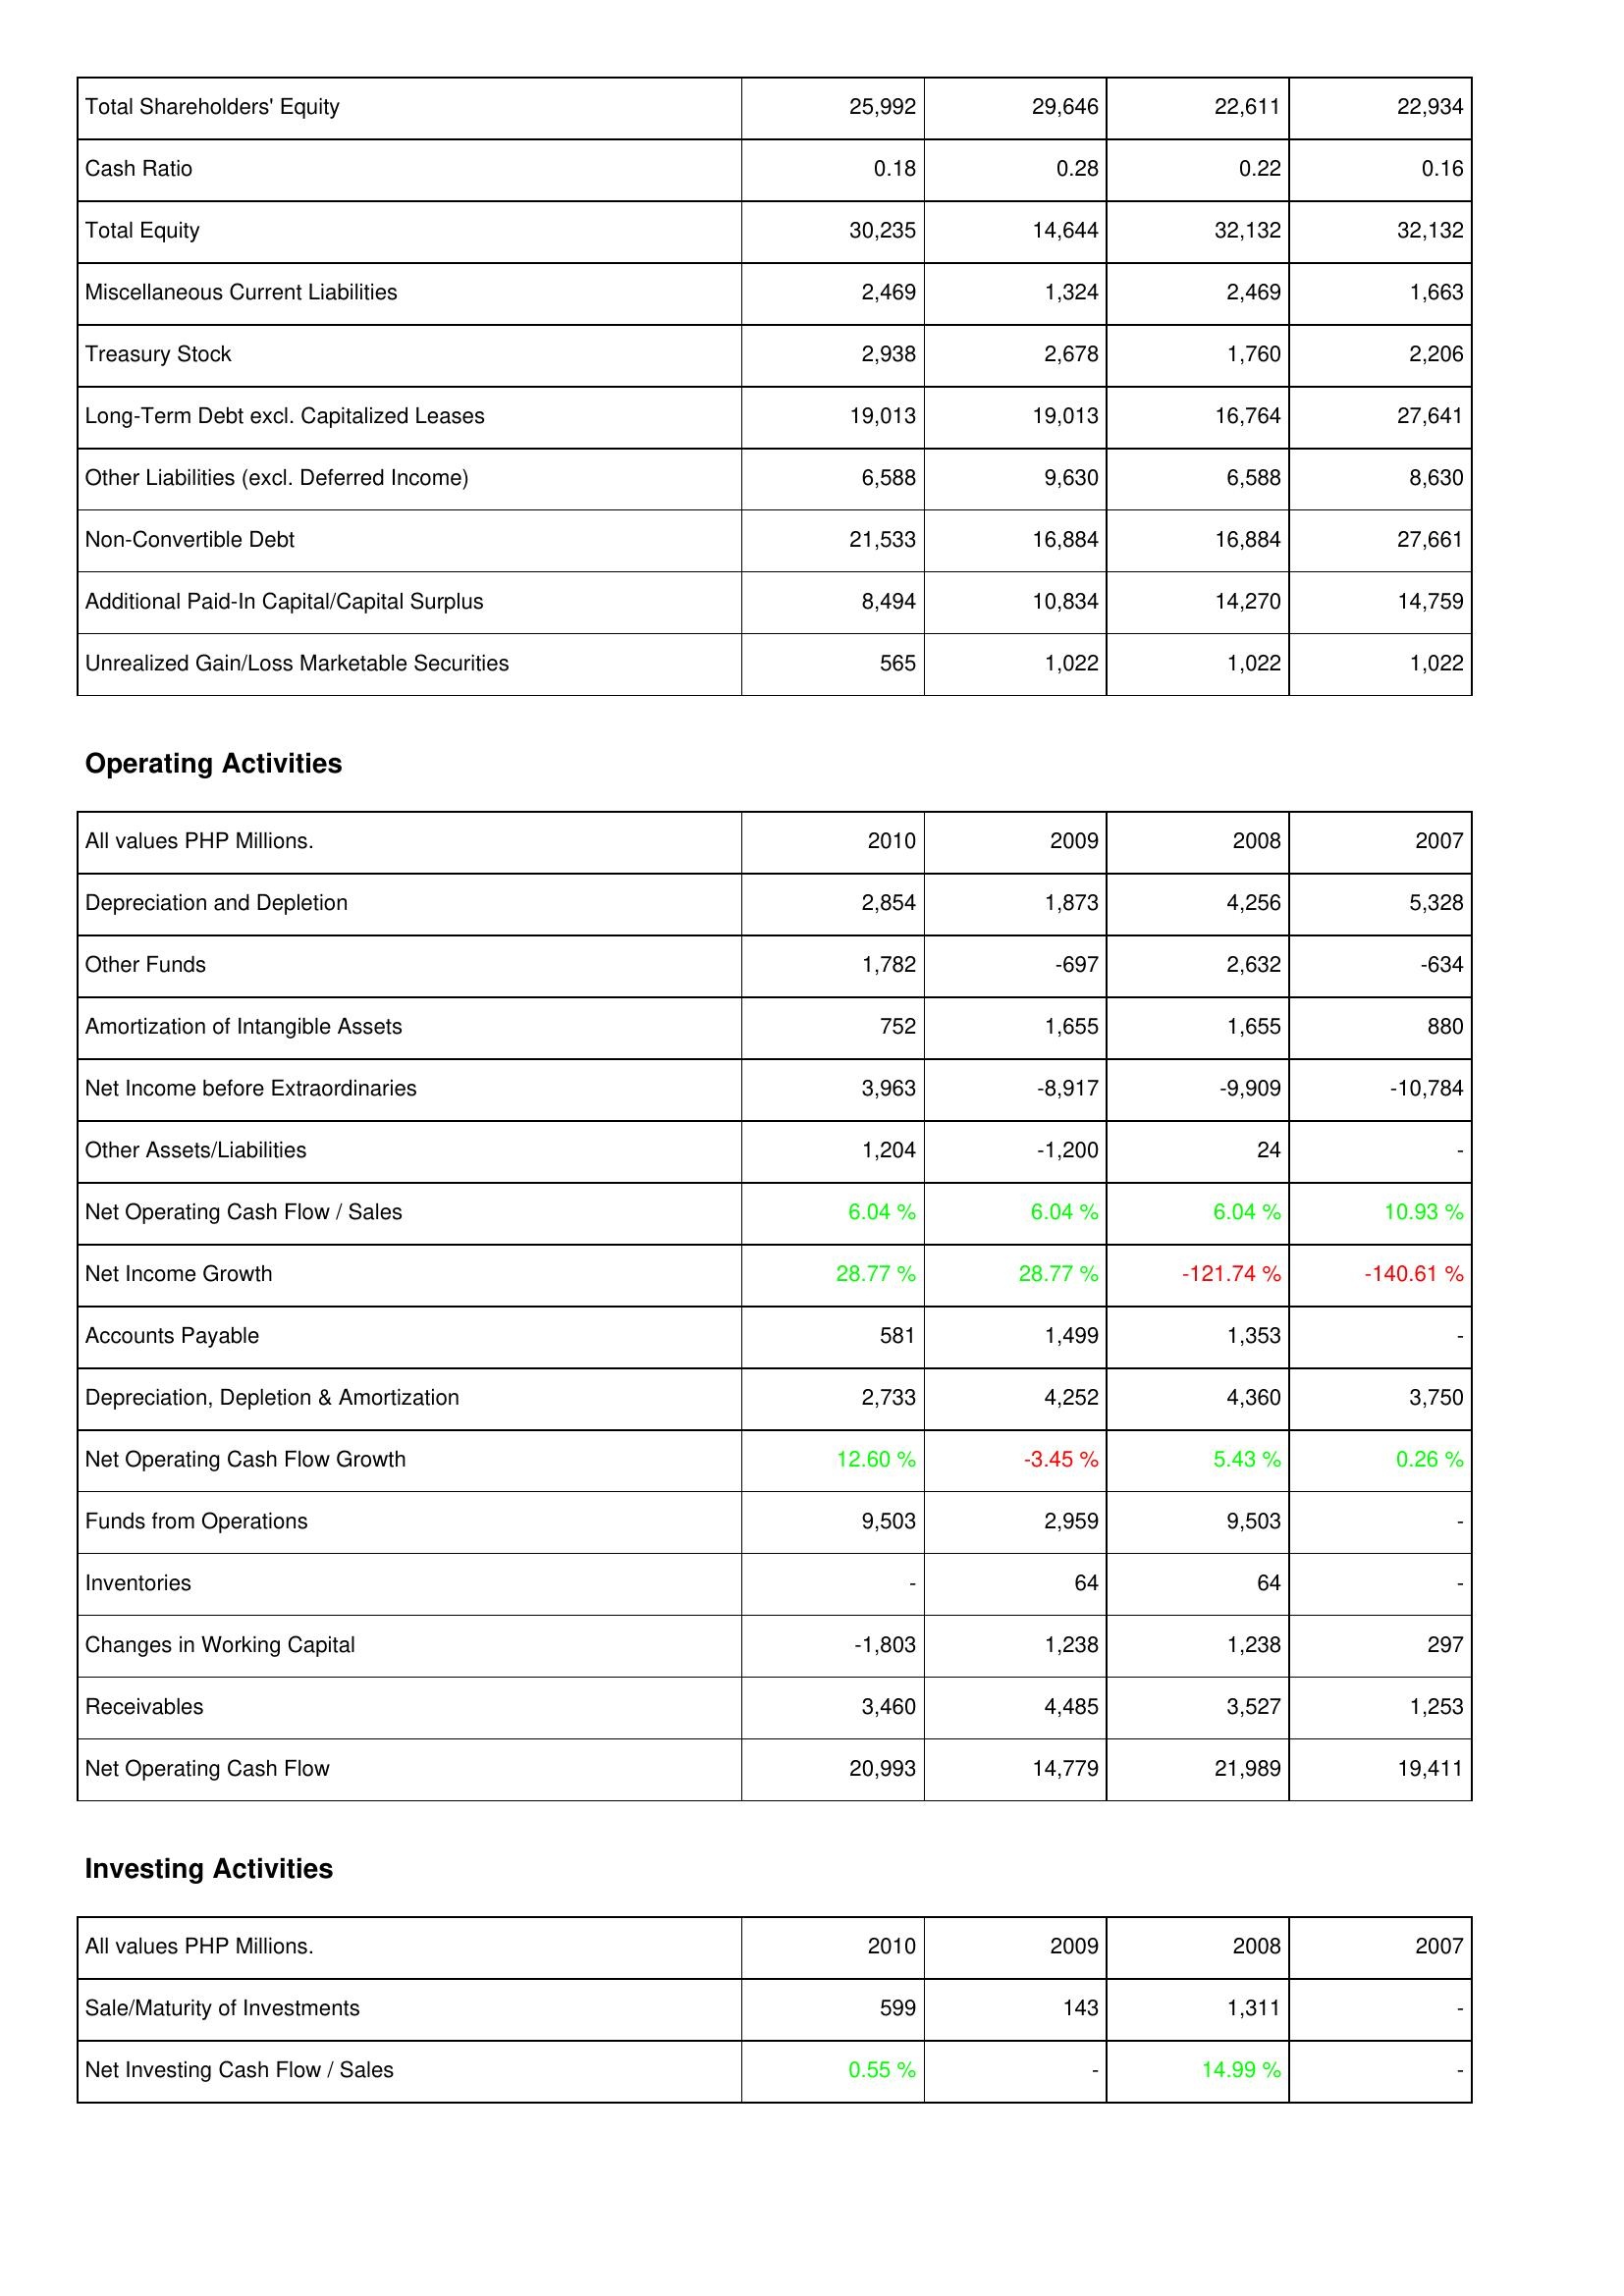
2010: Liabilities & Shareholders' Equity: Total Shareholders' Equity: 25,992
Cash Ratio: 0.18
Total Equity: 30,235
Miscellaneous Current Liabilities: 2,469
Treasury Stock: 2,938
Long-Term Debt excl. Capitalized Leases: 19,013
Other Liabilities (excl. Deferred Income): 6,588
Non-Convertible Debt: 21,533
Additional Paid-In Capital/Capital Surplus: 8,494
Unrealized Gain/Loss Marketable Securities: 565
Operating Activities: Depreciation and Depletion: 2,854
Other Funds: 1,782
Amortization of Intangible Assets: 752
Net Income before Extraordinaries: 3,963
Other Assets/Liabilities: 1,204
Net Operating Cash Flow / Sales: 6.04 %
Net Income Growth: 28.77 %
Accounts Payable: 581
Depreciation, Depletion & Amortization: 2,733
Net Operating Cash Flow Growth: 12.60 %
Funds from Operations: 9,503
Inventories: -
Changes in Working Capital: -1,803
Receivables: 3,460
Net Operating Cash Flow: 20,993
Investing Activities: Sale/Maturity of Investments: 599
Net Investing Cash Flow / Sales: 0.55 %
2009: Liabilities & Shareholders' Equity: Total Shareholders' Equity: 29,646
Cash Ratio: 0.28
Total Equity: 14,644
Miscellaneous Current Liabilities: 1,324
Treasury Stock: 2,678
Long-Term Debt excl. Capitalized Leases: 19,013
Other Liabilities (excl. Deferred Income): 9,630
Non-Convertible Debt: 16,884
Additional Paid-In Capital/Capital Surplus: 10,834
Unrealized Gain/Loss Marketable Securities: 1,022
Operating Activities: Depreciation and Depletion: 1,873
Other Funds: -697
Amortization of Intangible Assets: 1,655
Net Income before Extraordinaries: -8,917
Other Assets/Liabilities: -1,200
Net Operating Cash Flow / Sales: 6.04 %
Net Income Growth: 28.77 %
Accounts Payable: 1,499
Depreciation, Depletion & Amortization: 4,252
Net Operating Cash Flow Growth: -3.45 %
Funds from Operations: 2,959
Inventories: 64
Changes in Working Capital: 1,238
Receivables: 4,485
Net Operating Cash Flow: 14,779
Investing Activities: Sale/Maturity of Investments: 143
Net Investing Cash Flow / Sales: -
2008: Liabilities & Shareholders' Equity: Total Shareholders' Equity: 22,611
Cash Ratio: 0.22
Total Equity: 32,132
Miscellaneous Current Liabilities: 2,469
Treasury Stock: 1,760
Long-Term Debt excl. Capitalized Leases: 16,764
Other Liabilities (excl. Deferred Income): 6,588
Non-Convertible Debt: 16,884
Additional Paid-In Capital/Capital Surplus: 14,270
Unrealized Gain/Loss Marketable Securities: 1,022
Operating Activities: Depreciation and Depletion: 4,256
Other Funds: 2,632
Amortization of Intangible Assets: 1,655
Net Income before Extraordinaries: -9,909
Other Assets/Liabilities: 24
Net Operating Cash Flow / Sales: 6.04 %
Net Income Growth: -121.74 %
Accounts Payable: 1,353
Depreciation, Depletion & Amortization: 4,360
Net Operating Cash Flow Growth: 5.43 %
Funds from Operations: 9,503
Inventories: 64
Changes in Working Capital: 1,238
Receivables: 3,527
Net Operating Cash Flow: 21,989
Investing Activities: Sale/Maturity of Investments: 1,311
Net Investing Cash Flow / Sales: 14.99 %
2007: Liabilities & Shareholders' Equity: Total Shareholders' Equity: 22,934
Cash Ratio: 0.16
Total Equity: 32,132
Miscellaneous Current Liabilities: 1,663
Treasury Stock: 2,206
Long-Term Debt excl. Capitalized Leases: 27,641
Other Liabilities (excl. Deferred Income): 8,630
Non-Convertible Debt: 27,661
Additional Paid-In Capital/Capital Surplus: 14,759
Unrealized Gain/Loss Marketable Securities: 1,022
Operating Activities: Depreciation and Depletion: 5,328
Other Funds: -634
Amortization of Intangible Assets: 880
Net Income before Extraordinaries: -10,784
Other Assets/Liabilities: -
Net Operating Cash Flow / Sales: 10.93 %
Net Income Growth: -140.61 %
Accounts Payable: -
Depreciation, Depletion & Amortization: 3,750
Net Operating Cash Flow Growth: 0.26 %
Funds from Operations: -
Inventories: -
Changes in Working Capital: 297
Receivables: 1,253
Net Operating Cash Flow: 19,411
Investing Activities: Sale/Maturity of Investments: -
Net Investing Cash Flow / Sales: -